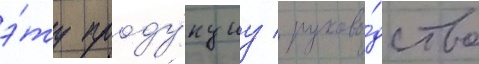
э́ту проду́кциу / руково́дство